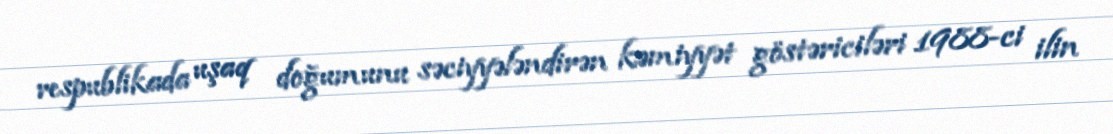
respublikada uşaq doğumunu səciyyələndirən kəmiyyət göstəriciləri 1988-ci ilin